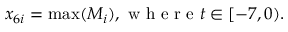
x _ { 6 i } = \operatorname* { m a x } ( M _ { i } ) , \mathrm { ~ w ~ h ~ e ~ r ~ e ~ } t \in [ - 7 , 0 ) .